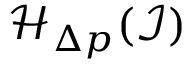
\mathcal { H } _ { \Delta p } ( \mathcal { I } )